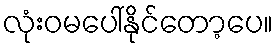
လုံးဝမပေါ်နိုင်တော့ပေ။